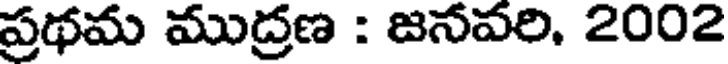
ప్రథమ ముద్రణ : జనవరి, 2002